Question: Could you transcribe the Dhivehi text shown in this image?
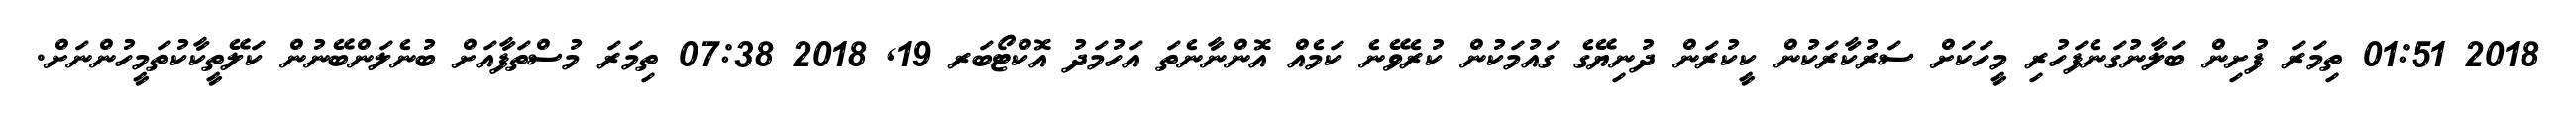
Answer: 2018 01:51 ތިމަރަ ފުށިން ބަލާނުގަނެފަހުރި މީހަކަށް ސަރުކާރަކުން ކީކުރަން ދުނިޔޭގެ ގައުމަކުން ކުރެވޭނެ ކަމެއް އޮންނާނެތަ އަހުމަދު އޮކްޓޯބަރ 19, 2018 07:38 ތިމަރަ މުސްތަފާއަށް ބުނެލަންބޭނުން ކަލޭތީކާކުތަމީހުންނަށް.